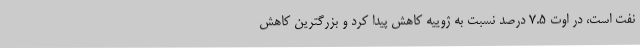
نفت است، در اوت 7.5 درصد نسبت به ژوییه کاهش پیدا کرد و بزرگترین کاهش